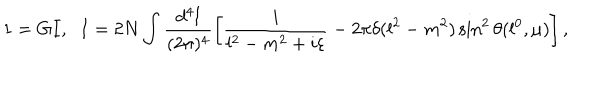
1 = G I , \; \; I = 2 N \int \frac { d ^ { 4 } l } { ( 2 \pi ) ^ { 4 } } \left[ \frac { i } { l ^ { 2 } - m ^ { 2 } + i \varepsilon } - 2 \pi \delta ( l ^ { 2 } - m ^ { 2 } ) \sin ^ { 2 } \theta ( l ^ { 0 } , \mu ) \right] ,